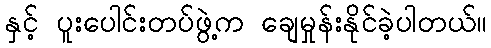
နှင့် ပူးပေါင်းတပ်ဖွဲ့က ချေမှုန်းနိုင်ခဲ့ပါတယ်။